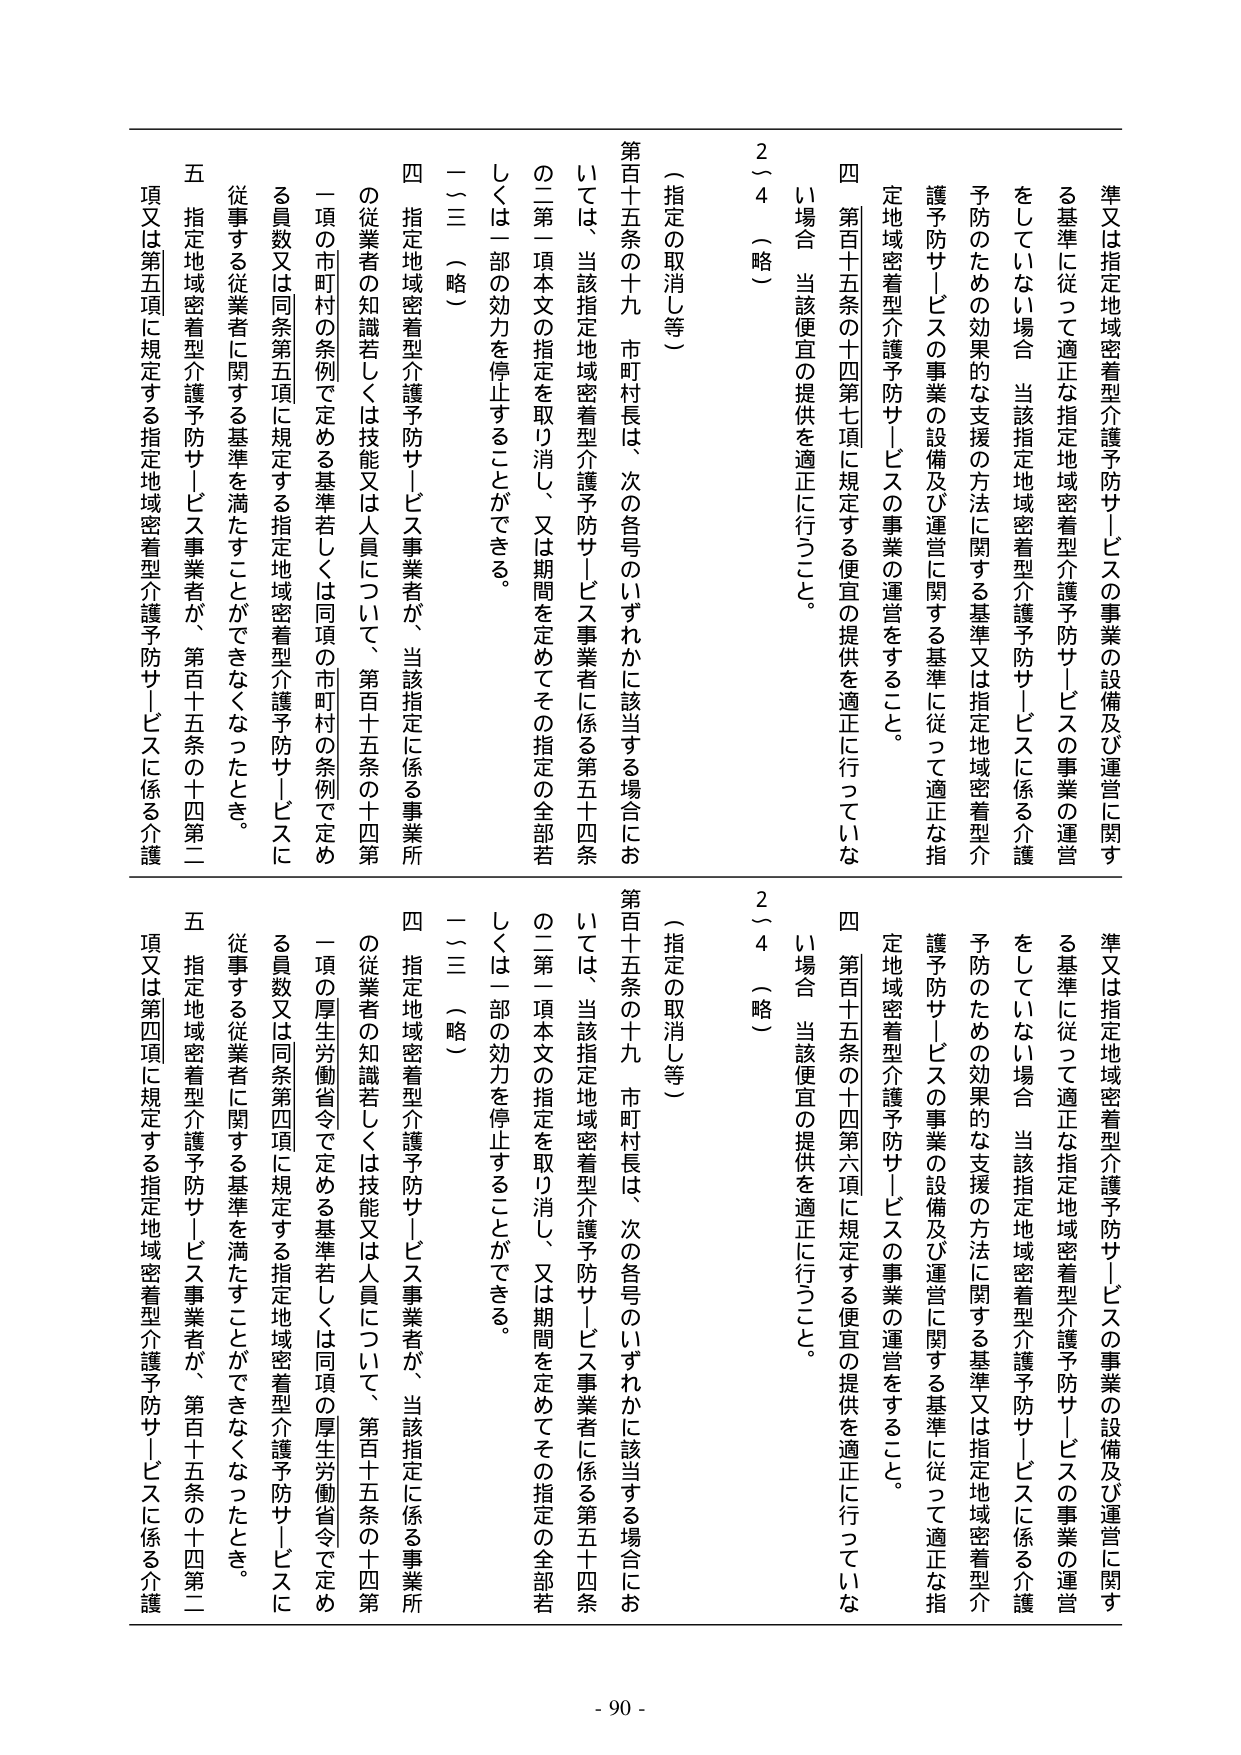
準又は指定地域密着型介護予防サービスの事業の設備及び運営に関する基準に従って適正な指定地域密着型介護予防サービスの事業の運営をしていない場合、当該指定地域密着型介護予防サービスに係る介護予防のための効果的な支援の方法に関する基準又は指定地域密着型介護予防サービスの事業の設備及び運営に関する基準に従って適正な指定地域密着型介護予防サービスの事業の運営をすることができる。

四 第百十五条の十四第七項に規定する便宜の提供を適正に行っていない場合、当該便宜の提供を適正に行うこと。

2～4 （略）

（指定の取消し等）

第百十五条の十九 市町村長は、次の各号のいずれかに該当する場合においては、当該指定地域密着型介護予防サービス事業者に係る第五十四条の二第一項本文の指定を取り消し、又は期間を定めてその指定の全部若しくは一部の効力を停止することができる。

一～三 （略）

四 指定地域密着型介護予防サービス事業者が、当該指定に係る事業所の従業者の知識若しくは技能又は人員について、第百十五条の十四第一項の市町村の条例で定める基準若しくは同項の市町村の条例で定める員数又は同条第五項に規定する指定地域密着型介護予防サービスに従事する従業者に関する基準を満たすことができなくなったとき。

五 指定地域密着型介護予防サービス事業者が、第百十五条の十四第二項又は第五項に規定する指定地域密着型介護予防サービスに係る介護

準又は指定地域密着型介護予防サービスの事業の設備及び運営に関する基準に従って適正な指定地域密着型介護予防サービスの事業の運営をしていない場合、当該指定地域密着型介護予防サービスに係る介護予防のための効果的な支援の方法に関する基準又は指定地域密着型介護予防サービスの事業の設備及び運営に関する基準に従って適正な指定地域密着型介護予防サービスの事業の運営をすることができる。

四 第百十五条の十四第六項に規定する便宜の提供を適正に行っていない場合、当該便宜の提供を適正に行うこと。

2～4 （略）

（指定の取消し等）

第百十五条の十九 市町村長は、次の各号のいずれかに該当する場合においては、当該指定地域密着型介護予防サービス事業者に係る第五十四条の二第一項本文の指定を取り消し、又は期間を定めてその指定の全部若しくは一部の効力を停止することができる。

一～三 （略）

四 指定地域密着型介護予防サービス事業者が、当該指定に係る事業所の従業者の知識若しくは技能又は人員について、第百十五条の十四第一項の厚生労働省令で定める基準若しくは同項の厚生労働省令で定める員数又は同条第四項に規定する指定地域密着型介護予防サービスに従事する従業者に関する基準を満たすことができなくなったとき。

五 指定地域密着型介護予防サービス事業者が、第百十五条の十四第二項又は第四項に規定する指定地域密着型介護予防サービスに係る介護

- 90 -